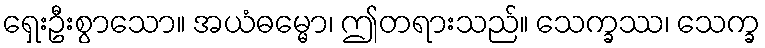
ရှေးဦးစွာသော။ အယံဓမ္မော၊ ဤတရားသည်။ သေက္ခဿ၊ သေက္ခ